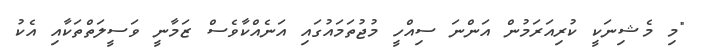
"މި މެޝިނަކީ ކުރިއަރަމުން އަންނަ ސިއްހީ މުޖުތަމައުގައި އަނެއްކާވެސް ޒަމާނީ ވަސީލަތްތަކާއި އެކު